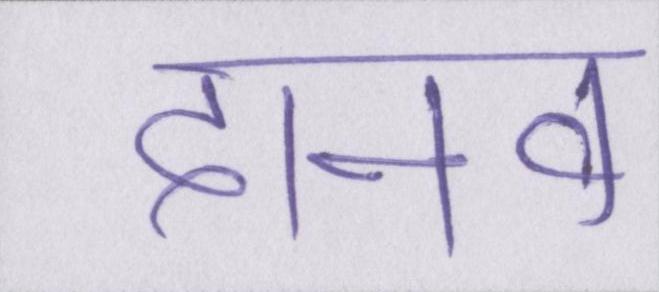
दानव